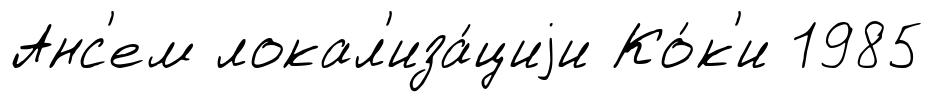
Анс'ем локал'иза́циjи Ко́к'и 1985